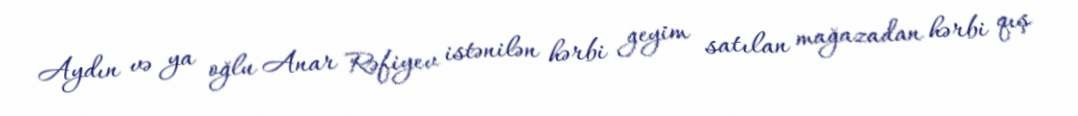
Aydın və ya oğlu Anar Rəfiyev istənilən hərbi geyim satılan mağazadan hərbi qış